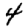
Digit: 4